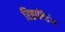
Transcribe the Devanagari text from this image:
रिब्रान्डिंग